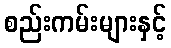
စည်းကမ်းများနှင့်